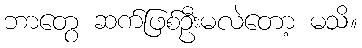
ဘာတွေ ဆက်ဖြစ်ဦးမလဲတော့ မသိ။